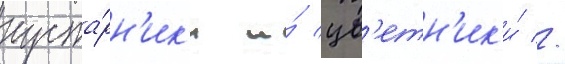
куста́рн'ик'и и́ цв'етн'ик'и́ //